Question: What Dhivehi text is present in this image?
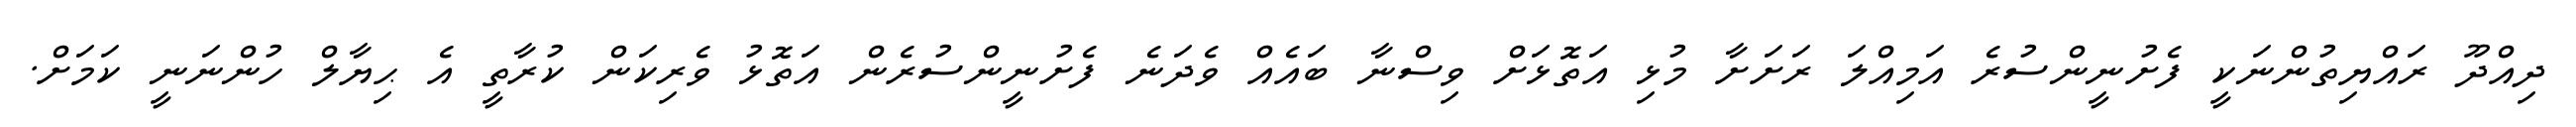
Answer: ދިއްދޫ ރައްޔިތުންނަކީ ފެށުނީންސުރެ އަމިއްލަ ރަށަށާ މުޅި އަތޮޅަށް ވިސްނާ ބައެއް ވެދަނެ ފެށުނީންސުރެން އަތޮޅު ވެރިކަން ކުރާތީ އެ ޙިޔާލް ހުންނަނީ ކަމަށް.